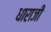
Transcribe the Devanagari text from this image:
धाराजी